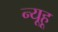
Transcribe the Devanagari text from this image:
न्यूहू